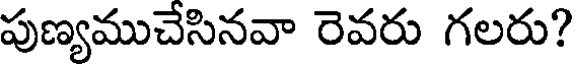
పుణ్యముచేసినవా రెవరు గలరు?